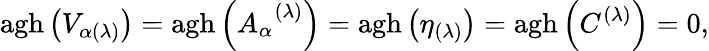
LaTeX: \mathrm{agh}\left(V_{\alpha(\lambda)}\right)=\mathrm{agh}\left(A_{\alpha}^{\; \; (\lambda)}\right)=\mathrm{agh}\left(\eta_{(\lambda)}\right)=\mathrm{agh}\left(C^{(\lambda)}\right)=0,